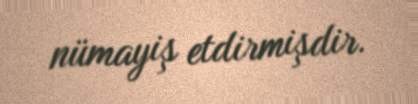
nümayiş etdirmişdir.